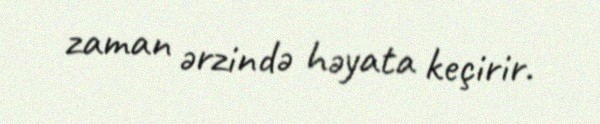
zaman ərzində həyata keçirir.